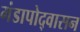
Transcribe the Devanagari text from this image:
मंडापोद्‌वासन